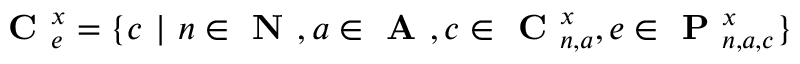
\textbf { C } _ { e } ^ { x } = \{ c \ | \ n \in \textbf { N } , a \in \textbf { A } , c \in \textbf { C } _ { n , a } ^ { x } , e \in \textbf { P } _ { n , a , c } ^ { x } \}